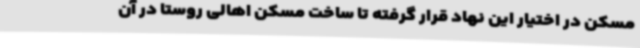
مسکن در اختیار این نهاد قرار گرفته تا ساخت مسکن اهالی روستا در آن